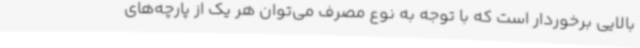
بالایی برخوردار است که با توجه به نوع مصرف می‌توان هر یک از پارچه‌های